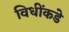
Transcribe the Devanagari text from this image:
विधींकडे